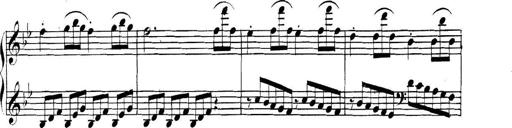
Title: Collected Piano Sonatas
Composer: Muzio Clementi